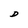
Character: D